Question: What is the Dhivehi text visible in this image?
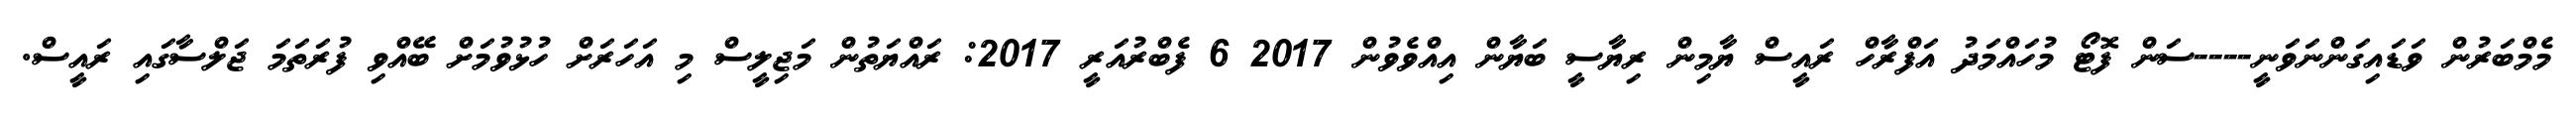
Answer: މެމްބަރުން ވަޑައިގަންނަވަނީ----ސަން ފޮޓޯ މުހައްމަދު އަފްރާހް ރައީސް ޔާމިން ރިޔާސީ ބަޔާން އިއްވެވުން 2017 6 ފެބްރުއަރީ 2017: ރައްޔަތުން މަޖިލީސް މި އަހަރަށް ހުޅުވުމަށް ބޭއްވި ފުރަތަމަ ޖަލްސާގައި ރައީސް.